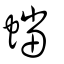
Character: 蟷